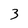
Character: 3